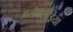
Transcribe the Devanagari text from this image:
अलेक्सेंड्रिया